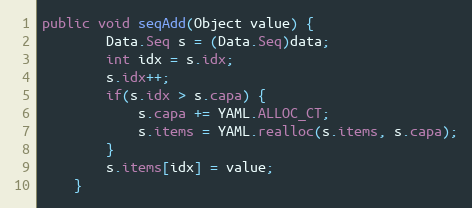
Language: Java
public void seqAdd(Object value) {
        Data.Seq s = (Data.Seq)data;
        int idx = s.idx;
        s.idx++;
        if(s.idx > s.capa) {
            s.capa += YAML.ALLOC_CT;
            s.items = YAML.realloc(s.items, s.capa);
        }
        s.items[idx] = value;
    }